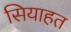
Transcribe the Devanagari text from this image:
सियाहत